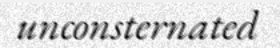
unconsternated